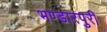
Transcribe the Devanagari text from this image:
भण्डारपुरी